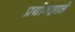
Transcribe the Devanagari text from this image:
प्रयोगझाले